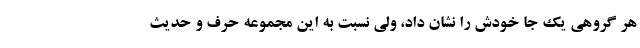
هر گروهی یک جا خودش را نشان داد، ولی نسبت به این مجموعه حرف و حدیث